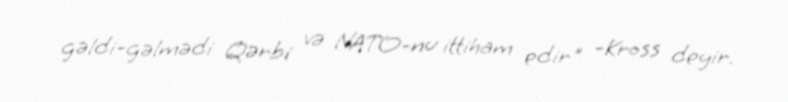
gəldi-gəlmədi Qərbi və NATO-nu ittiham edir" -Kross deyir.